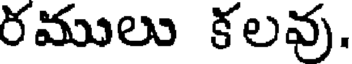
రములు కలవు.